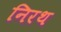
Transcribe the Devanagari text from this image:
निरथ